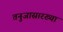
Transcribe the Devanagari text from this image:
तनुजासारख्या